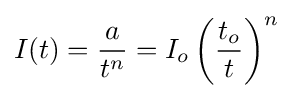
I(t)={\frac {a}{t^{n}}}=I_{o}\left({\frac {t_{o}}{t}}\right)^{n}